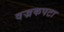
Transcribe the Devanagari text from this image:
वज्रकपटा